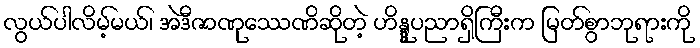
လွယ်ပါလိမ့်မယ်၊ အဲဒီဇာဏုဿေဏိဆိုတဲ့ ဟိန္ဒူပညာရှိကြီးက မြတ်စွာဘုရားကို